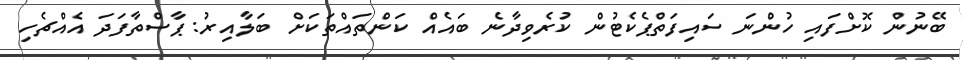
ބޭނުން ކޮށްފައި ހުންނަ ސައިފަތްޕެކެޓުން ކުރެވިދާނެ ބައެއް ކަންތައްތަކަށް ބަލާއިރު: ޕާސްތާފަދަ އެއްޗެހި